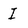
Character: I